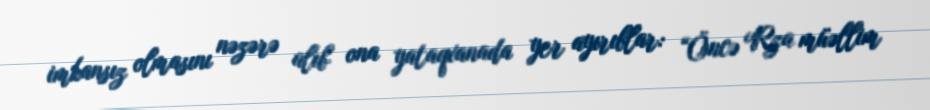
imkansız olmasını nəzərə alıb ona yataqxanada yer ayırıblar: “Öncə Rza müəllim